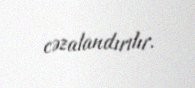
cəzalandırılır.